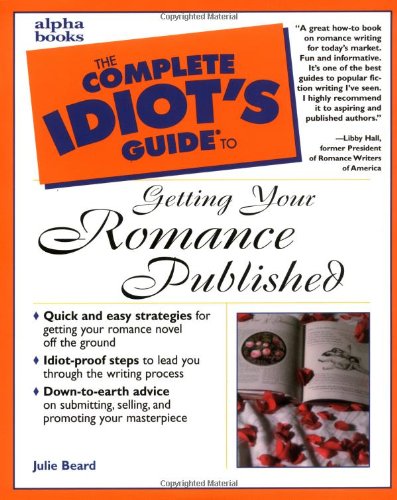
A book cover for The Complete Idiot's Guide to Getting Your Romance Published; Julie Beard; Romance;